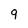
Character: 9